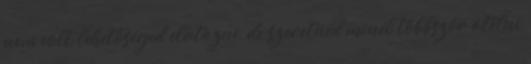
nem volt lehetőséged elutazni, de szeretnéd minél többször átélni